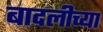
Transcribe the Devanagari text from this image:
बादलीच्या